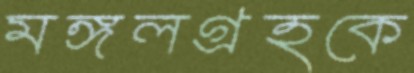
মঙ্গলগ্রহকে